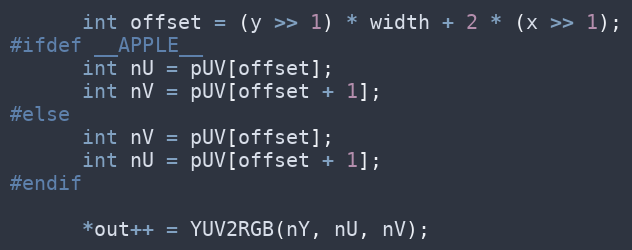
Language: C++
      int offset = (y >> 1) * width + 2 * (x >> 1);
#ifdef __APPLE__
      int nU = pUV[offset];
      int nV = pUV[offset + 1];
#else
      int nV = pUV[offset];
      int nU = pUV[offset + 1];
#endif

      *out++ = YUV2RGB(nY, nU, nV);